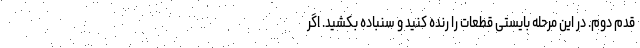
قدم دوم. در این مرحله بایستی قطعات را رنده کنید و سنباده بکشید. اگر